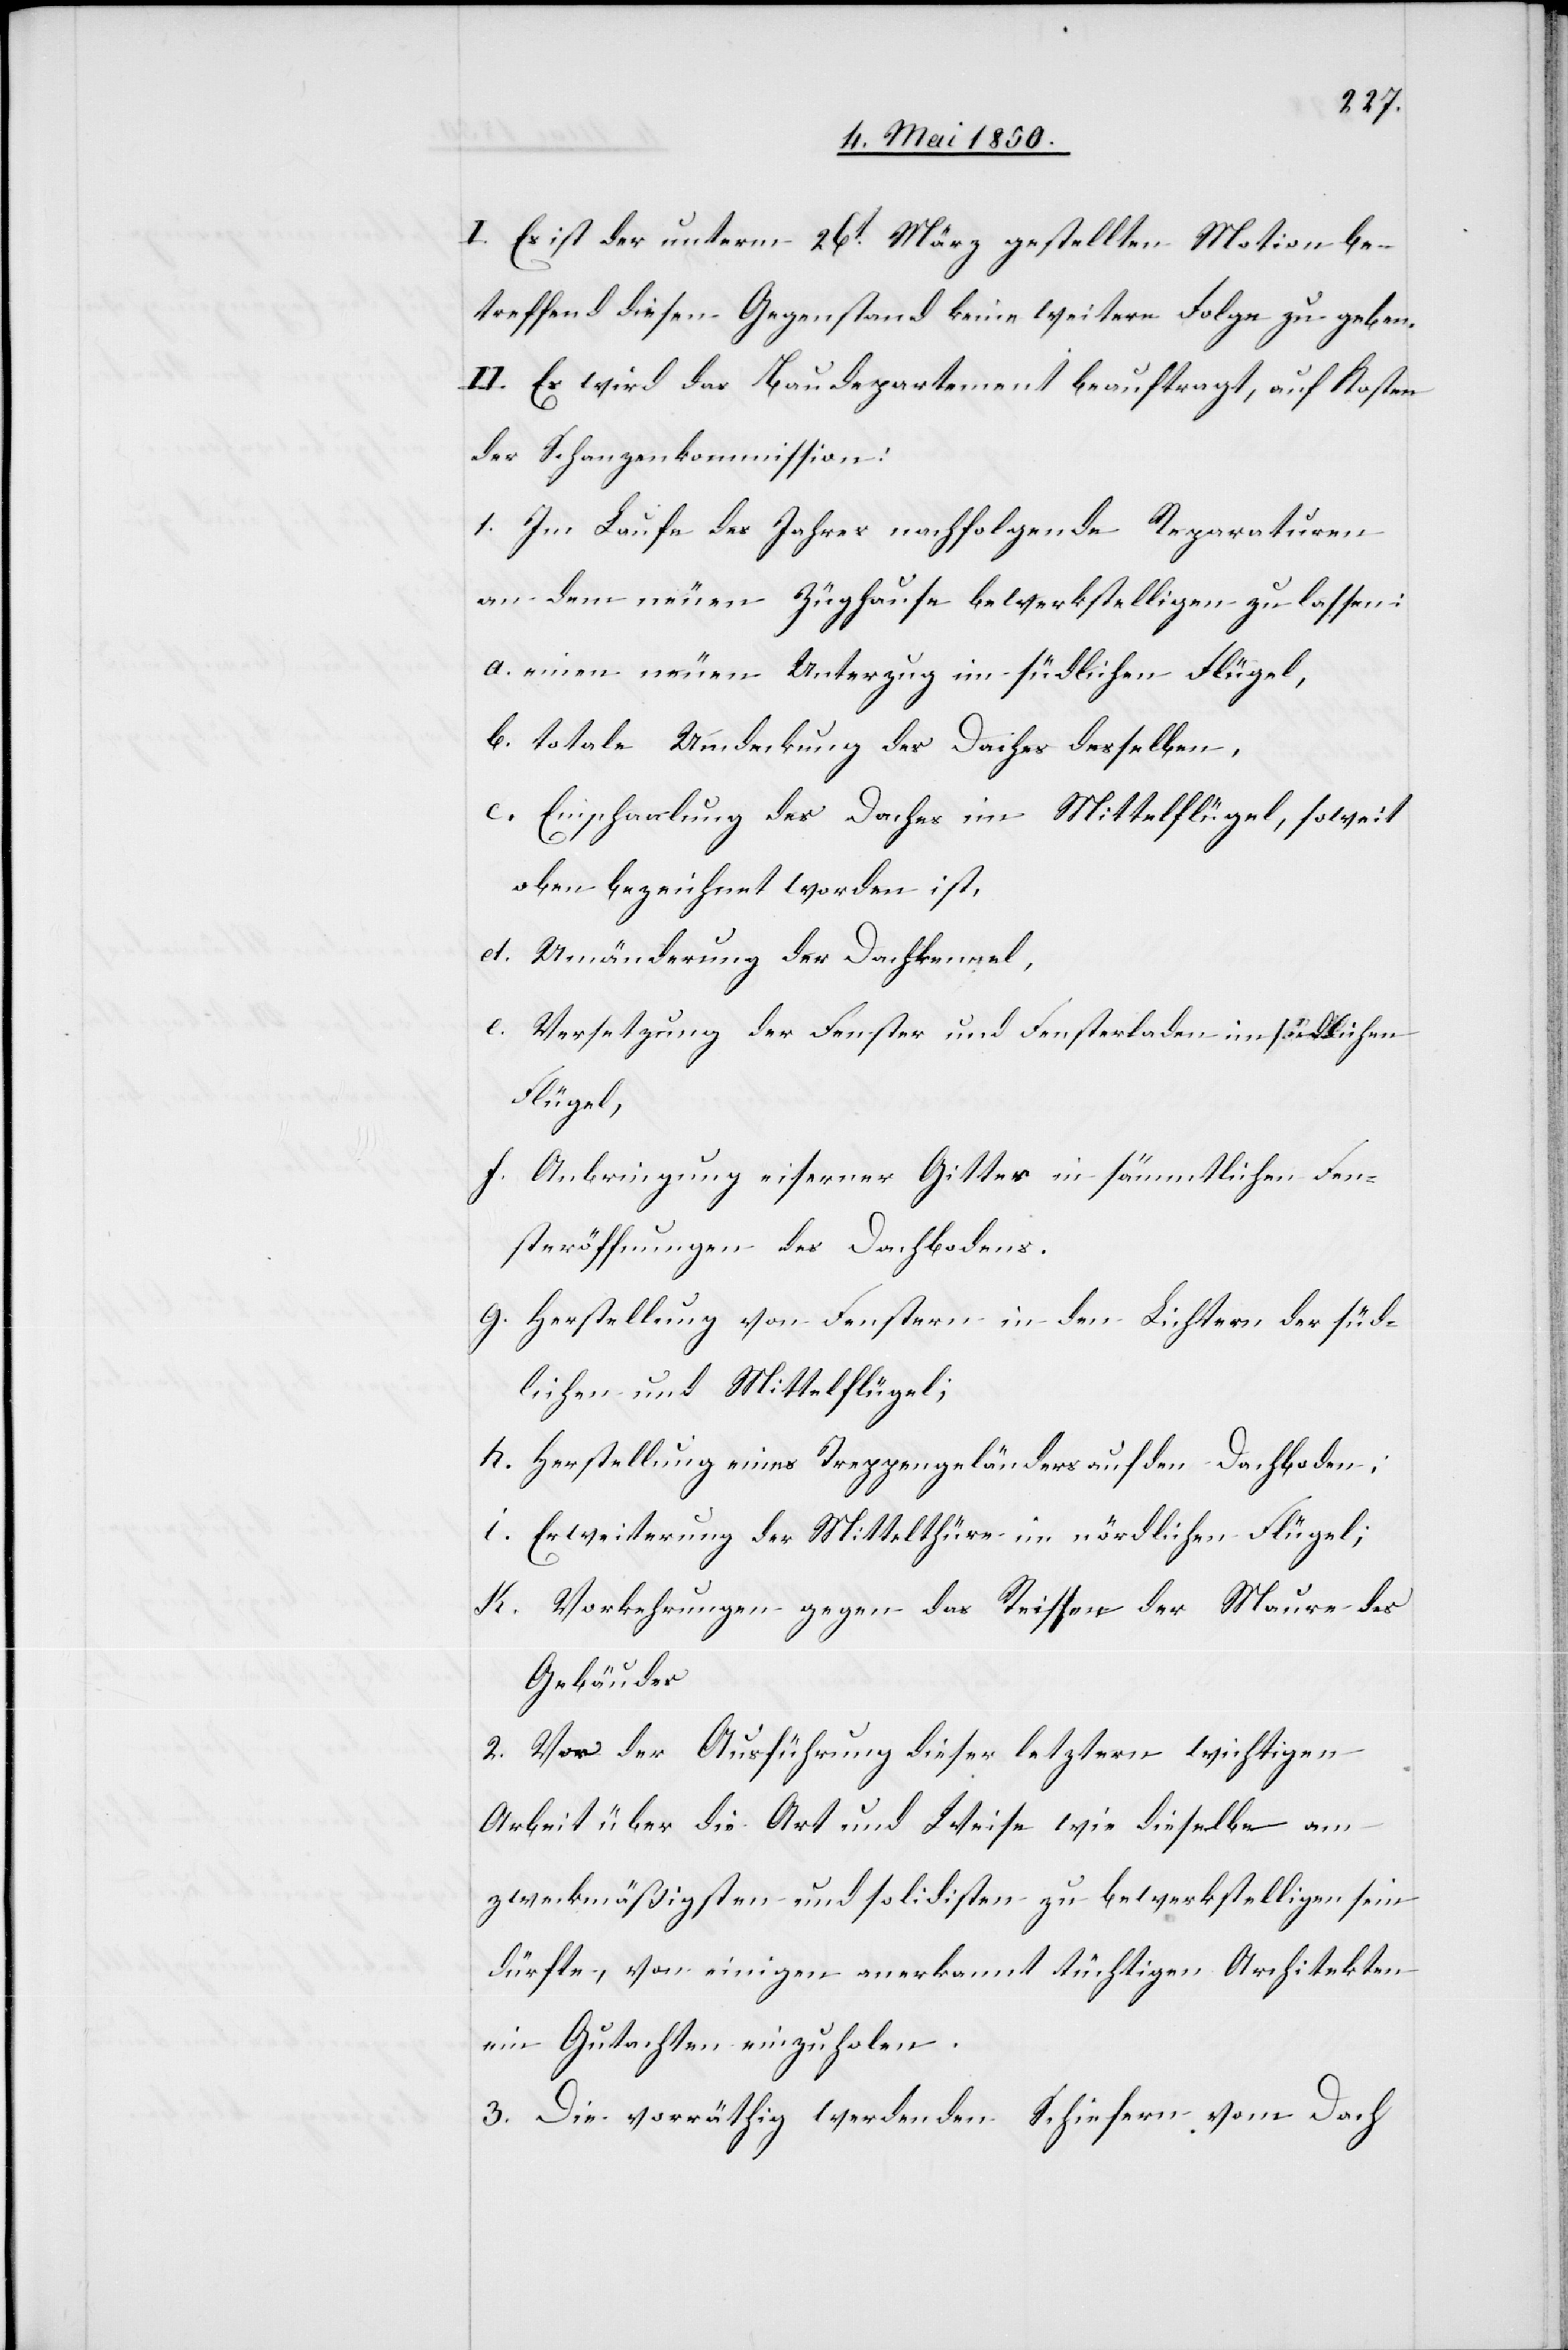
I.Es ist der unterm 26t März gestellten Motion be¬
treffend diesen Gegenstand keine weitere Folge zu geben.
II. Es wird das Baudepartement beauftragt, auf Kosten
der Schanzenkommission:
1. Im Laufe des Jahres nachfolgende Reparaturen
an dem neuen Züghause bewerkstelligen zu lassen:
a. einen neuen Unterzug im südlichen Flügel,
b. totale Umdeckung des Daches desselben,
c. Einschaalung des Daches im Mittelflügel, soweit
oben bezeichnet worden ist,
d. Umänderung der Dachkennel,
e. Versetzung der Fenster und Fensterladen im südlichen
Flügel,
f. Anbringung eiserner Gitter in sämmtlichen Fen¬
steröffnungen des Dachbodens.
g. Herstellung von Fenstern in den Lichtern der süd¬
lichen und Mittelflügel;
h. Herstellung eines Treppengeländers auf den Dachboden;
i. Erweiterung der Mittelthüre im nördlichen Flügel;
k. Vorkehrungen gegen das Reissen der Maure des
Gebäudes
2. Vor der Ausführung dieser letztern wichtigen
Arbeit über die Art und Weise wie dieselbe am
zweckmäßigsten und solidisten zu bewerkstelligen sein
dürfte, von einigen anerkannt tüchtigen Architekten
ein Gutachten einzuholen.
3. Die vorräthig werdenden Schiefern vom Dach